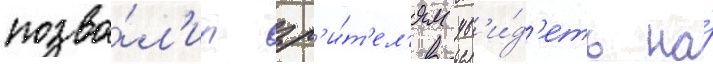
позво́л'ил зр'и́т'ел'ям ув'и́д'еть на́